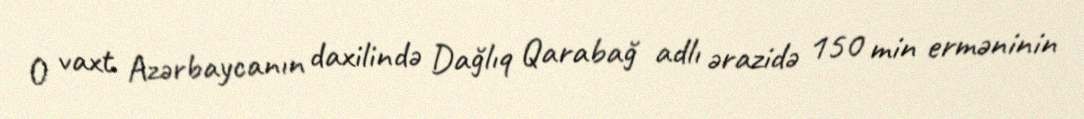
O vaxt Azərbaycanın daxilində Dağlıq Qarabağ adlı ərazidə 150 min erməninin